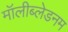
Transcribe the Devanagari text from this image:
मॉलीब्लेडनम